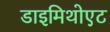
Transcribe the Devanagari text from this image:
डाइमिथोएट